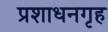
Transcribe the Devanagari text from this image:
प्रशाधनगृह